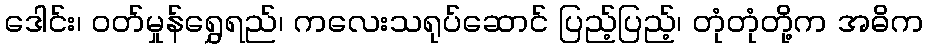
ဒေါင်း၊ ဝတ်မှုန်ရွှေရည်၊ ကလေးသရုပ်ဆောင် ပြည့်ပြည့်၊ တုံတုံတို့က အဓိက